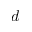
d